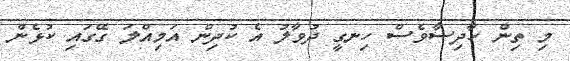
މި ތިން ހާދިސާވެސް ހިނގީ ދުވާލު އެ ކުދިން އަމިއްލަ ގޭގައި ކުޅެން